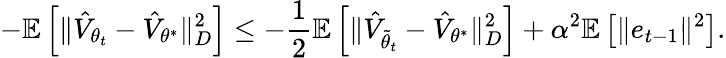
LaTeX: -\mathbb{E}\left[\Vert\hat{V}_{{\theta}_{t}}-\hat{V}_{\theta^{*}}\Vert_{D}^{2}\right]\leq-\frac{1}{2}\mathbb{E}\left[\Vert\hat{V}_{\tilde{\theta}_{t}}-\hat{V}_{\theta^{*}}\Vert_{D}^{2}\right]+\alpha^{2}\mathbb{E}\left[\Vert e_{t-1}\Vert^{2}\right].